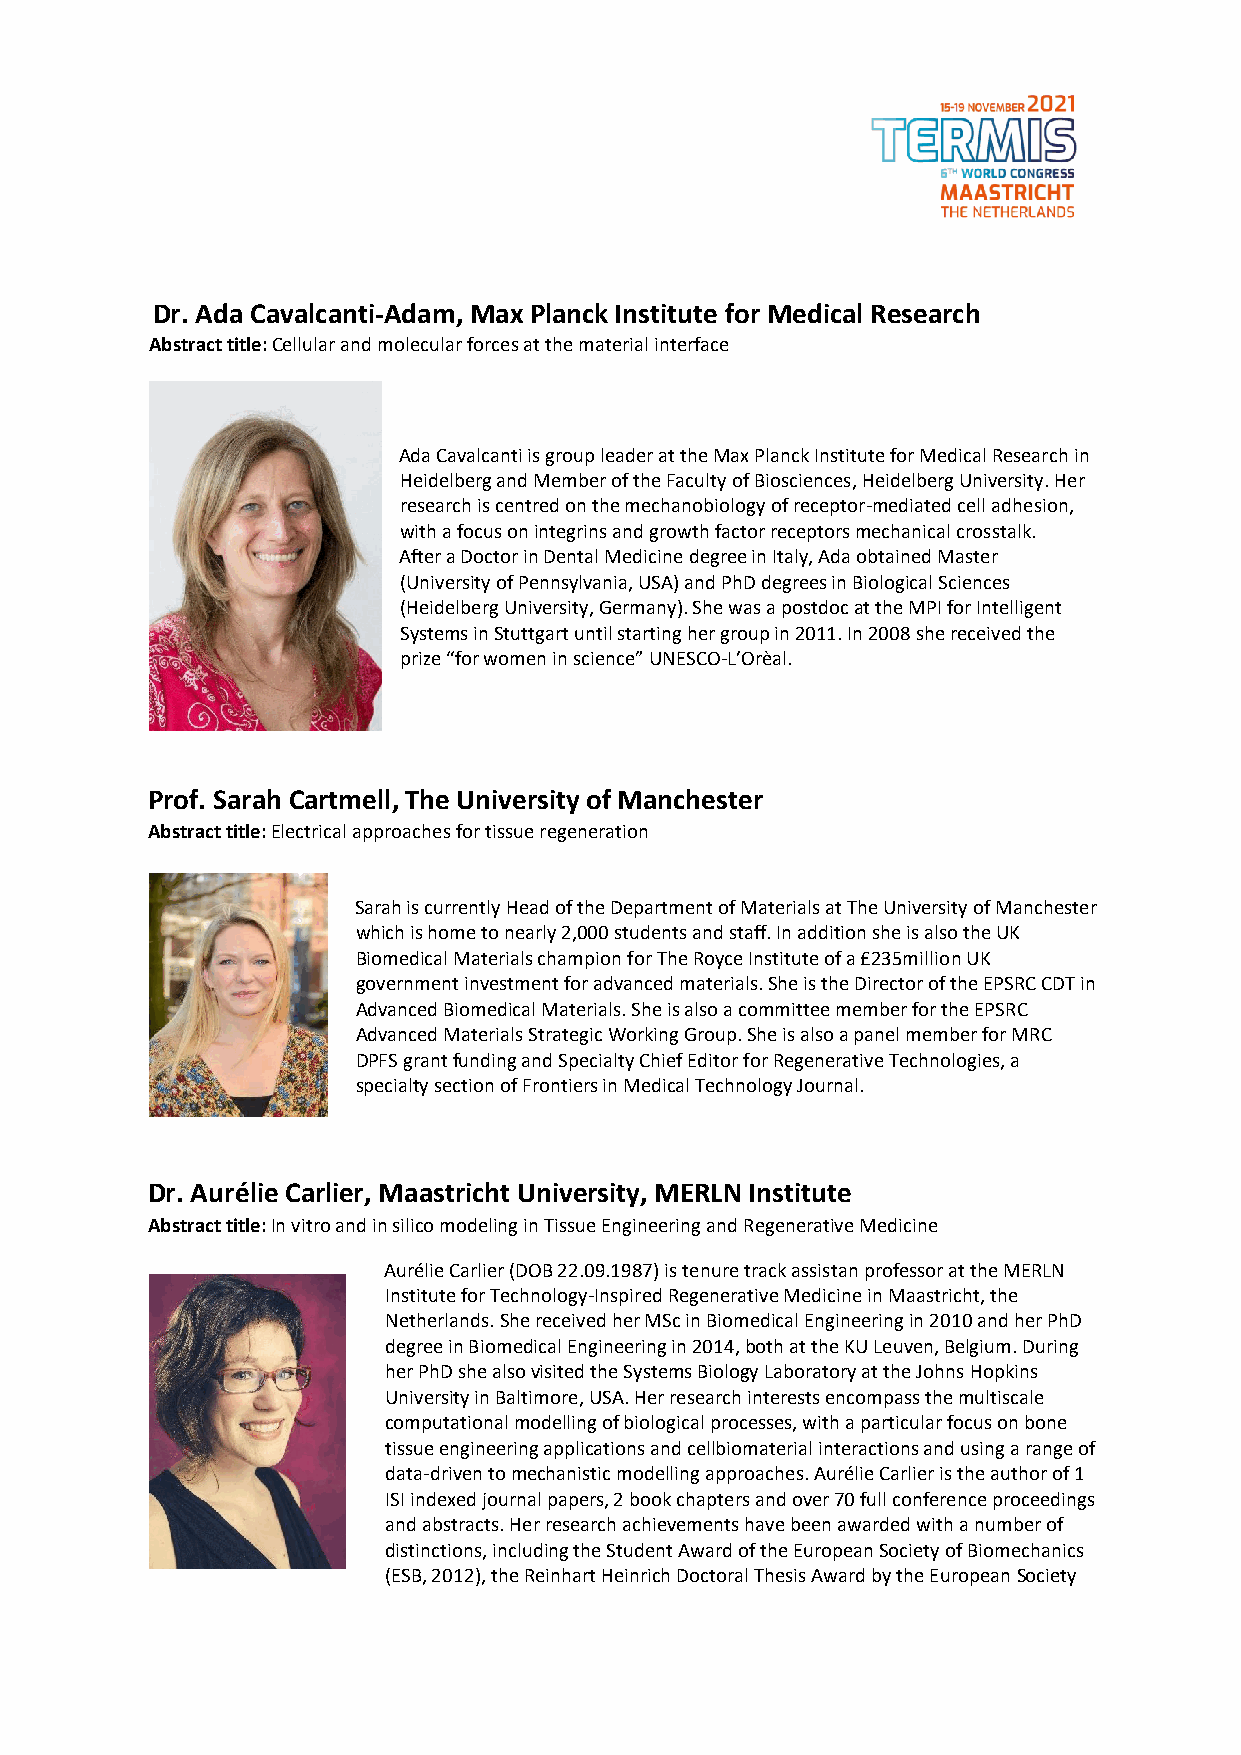
Dr. Ada Cavalcanti-Adam, Max Planck Institute for Medical Research
 Abstract title: Cellular and molecular forces at the material interface
 Ada Cavalcanti is group leader at the Max Planck Institute for Medical Research in
 Heidelberg and Member of the Faculty of Biosciences, Heidelberg University. Her
 research is centred on the mechanobiology of receptor-mediated cell adhesion,
 with a focus on integrins and growth factor receptors mechanical crosstalk.
 After a Doctor in Dental Medicine degree in Italy, Ada obtained Master
 (University of Pennsylvania, USA) and PhD degrees in Biological Sciences
 (Heidelberg University, Germany). She was a postdoc at the MPI for Intelligent
 Systems in Stuttgart until starting her group in 2011. In 2008 she received the
 prize “for women in science” UNESCO-L’Orèal.
 Prof. Sarah Cartmell, The University of Manchester
 Abstract title: Electrical approaches for tissue regeneration
 Sarah is currently Head of the Department of Materials at The University of Manchester
 which is home to nearly 2,000 students and staff. In addition she is also the UK
 Biomedical Materials champion for The Royce Institute of a £235million UK
 government investment for advanced materials. She is the Director of the EPSRC CDT in
 Advanced Biomedical Materials. She is also a committee member for the EPSRC
 Advanced Materials Strategic Working Group. She is also a panel member for MRC
 DPFS grant funding and Specialty Chief Editor for Regenerative Technologies, a
 specialty section of Frontiers in Medical Technology Journal.
 Dr. Aurélie Carlier, Maastricht University, MERLN Institute
 Abstract title: In vitro and in silico modeling in Tissue Engineering and Regenerative Medicine
 Aurélie Carlier (DOB 22.09.1987) is tenure track assistan professor at the MERLN
 Institute for Technology-Inspired Regenerative Medicine in Maastricht, the
 Netherlands. She received her MSc in Biomedical Engineering in 2010 and her PhD
 degree in Biomedical Engineering in 2014, both at the KU Leuven, Belgium. During
 her PhD she also visited the Systems Biology Laboratory at the Johns Hopkins
 University in Baltimore, USA. Her research interests encompass the multiscale
 computational modelling of biological processes, with a particular focus on bone
 tissue engineering applications and cellbiomaterial interactions and using a range of
 data-driven to mechanistic modelling approaches. Aurélie Carlier is the author of 1
 ISI indexed journal papers, 2 book chapters and over 70 full conference proceedings
 and abstracts. Her research achievements have been awarded with a number of
 distinctions, including the Student Award of the European Society of Biomechanics
 (ESB, 2012), the Reinhart Heinrich Doctoral Thesis Award by the European Society